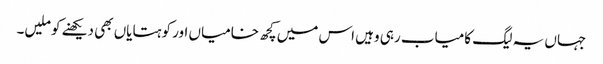
جہاں یہ لیگ کامیاب رہی وہیں اس میں کچھ خامیاں اور کوہتایاں بھی دیکھنے کو ملیں۔